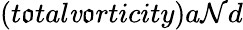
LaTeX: (t\mathfrak{o}tal\mathit{v}\mathfrak{o}rticity)a\mathcal{N}d